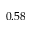
0 . 5 8